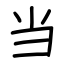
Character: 当